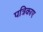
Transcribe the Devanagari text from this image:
पत्रिकाए